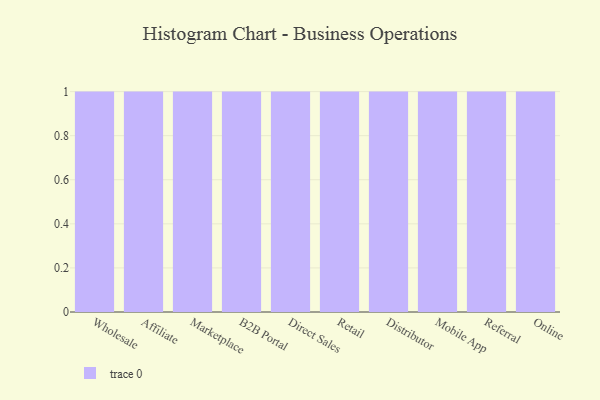
{"axis": {"x": "Channel", "y": "Tickets Resolved"}, "legend": [""], "data": [{"x": "Wholesale", "y": 37, "type": ""}, {"x": "Affiliate", "y": 13, "type": ""}, {"x": "Marketplace", "y": 86, "type": ""}, {"x": "B2B Portal", "y": 61, "type": ""}, {"x": "Direct Sales", "y": 74, "type": ""}, {"x": "Retail", "y": 63, "type": ""}, {"x": "Distributor", "y": 43, "type": ""}, {"x": "Mobile App", "y": 51, "type": ""}, {"x": "Referral", "y": 37, "type": ""}, {"x": "Online", "y": 70, "type": ""}]}